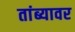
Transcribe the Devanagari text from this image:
तांब्यावर